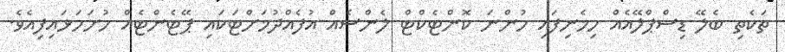
ތަކެތި ބެލޭ ޑިސްޕްލޭއެއް ހިމެނިފައި ހުންނަ ކޮންޓެކްޓް ލެންސެއް އުފެއްދުމަށްޓަކައި ޕޭޓެންޓެއް ހުށަހަޅައިފިއެވެ.